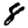
Digit: 8